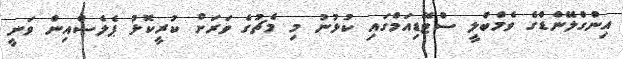
އިންގްލޭންޑްގެ ވެމްބްލީ ސްޓޭޑިއަމްގައި ކުޅުނު މި މެޗުގެ ވަރަށް ކުރީކޮޅު ޕެލެސްއިން ވަނީ